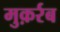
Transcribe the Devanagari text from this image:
मुक़र्रब